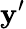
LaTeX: \mathbf{y}^{\prime}